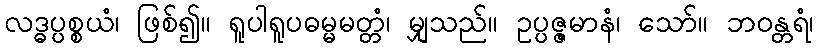
လဒ္ဓပ္ပစ္စယံ၊ ဖြစ်၍။ ရူပါရူပဓမ္မမတ္တံ၊ မျှသည်။ ဥပ္ပဇ္ဇမာနံ၊ သော်။ ဘဝန္တရံ၊